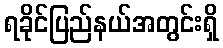
ရခိုင်ပြည်နယ်အတွင်းရှိ